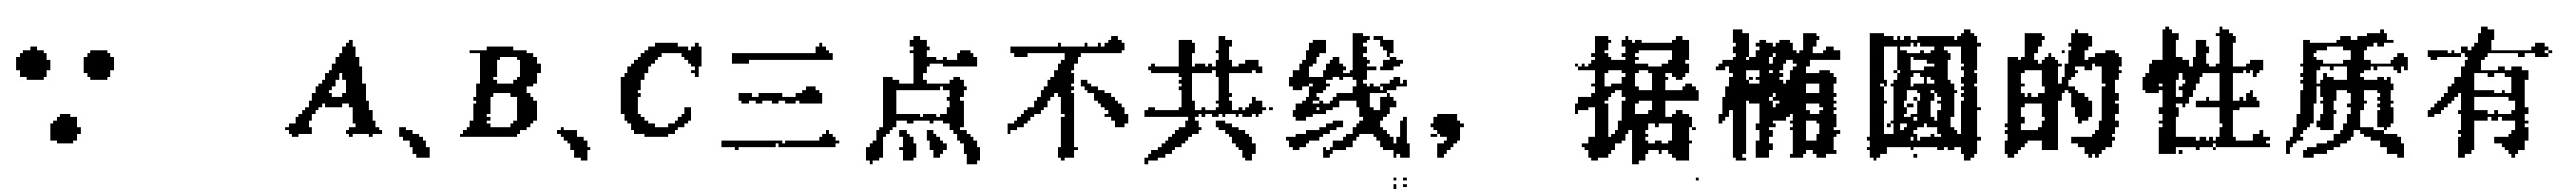
$\because A、B、C三点不共线，据椭圆的性质有$